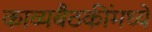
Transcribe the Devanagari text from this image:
काव्यबैठकींमध्ये